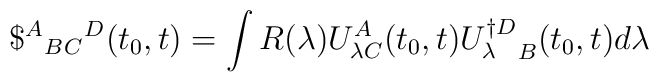
\${^A}{_B}{_C}{^D}(t_0,t) =  \int R(\lambda) U^A_{\lambda C}(t_0,t){U^{\dagger D}_{\lambda}}_B(t_0,t) d\lambda